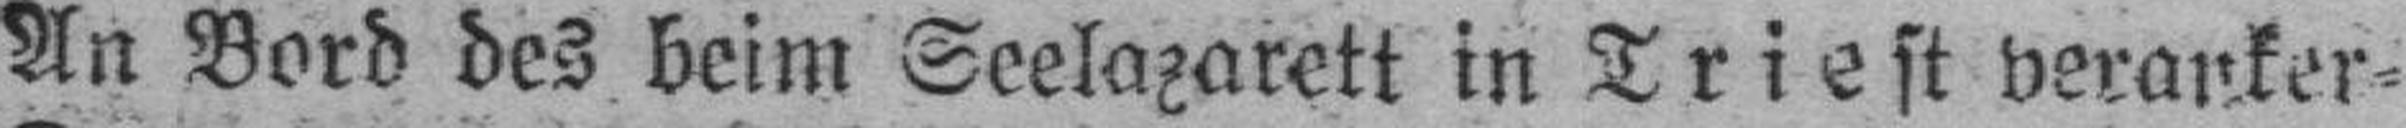
An Bord des beim Seelazarett in Triest veranker¬